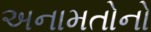
અનામતોનો